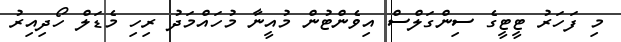
މި ފަހަރު ޓީޓީގެ ސިންގަލްސް އިވެންޓުން މުއީނާ މުހައްމަދު ރިހި މެޑަލް ހޯދިއިރު